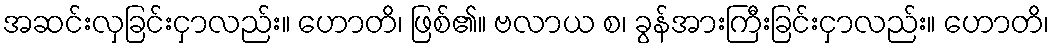
အဆင်းလှခြင်းငှာလည်း။ ဟောတိ၊ ဖြစ်၏။ ဗလာယ စ၊ ခွန်အားကြီးခြင်းငှာလည်း။ ဟောတိ၊